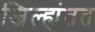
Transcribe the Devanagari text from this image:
जिल्ह्यंतत